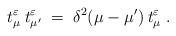
LaTeX: \begin{align*}t^\varepsilon_\mu \:t^\varepsilon_{\mu'} \;=\; \delta^2(\mu-\mu')\: t^\varepsilon_\mu\;. \end{align*}